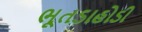
ભૂતડાહોડી